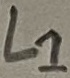
Text: L1